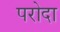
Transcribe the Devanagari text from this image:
परोदा